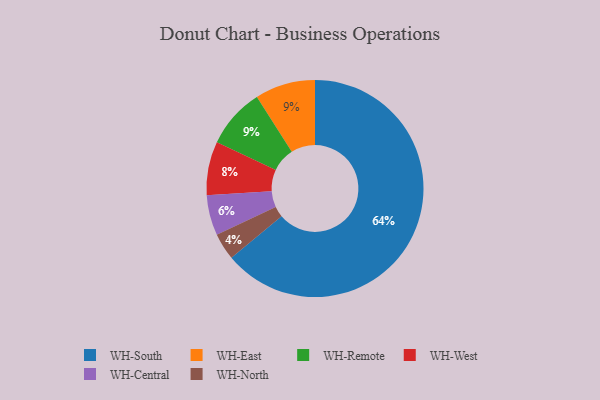
{"axis": {"x": "Category", "y": "Percentage"}, "legend": ["WH-Central", "WH-East", "WH-North", "WH-Remote", "WH-South", "WH-West"], "data": [{"x": "WH-East", "y": 9, "type": "WH-East"}, {"x": "WH-South", "y": 64, "type": "WH-South"}, {"x": "WH-Remote", "y": 9, "type": "WH-Remote"}, {"x": "WH-North", "y": 4, "type": "WH-North"}, {"x": "WH-Central", "y": 6, "type": "WH-Central"}, {"x": "WH-West", "y": 8, "type": "WH-West"}]}